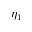
\eta _ { 1 }